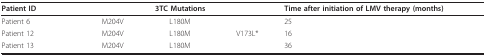
| Patient ID | <COLSPAN=3> 3TC Mutations | Time after initiation of LMV therapy (months) |
 | --- | --- | --- | --- | --- |
 | Patient 6 | M204V | L180M |  | 25 |
 | Patient 12 | M204V | L180M | V173L* | 16 |
 | Patient 13 | M204V | L180M |  | 36 |